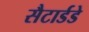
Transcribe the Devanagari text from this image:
सैटार्डडे